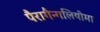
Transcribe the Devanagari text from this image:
पैरागैन्गलियोमा